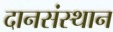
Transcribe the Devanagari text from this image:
दानसंस्थान